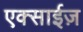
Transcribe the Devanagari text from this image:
एक्साईज़